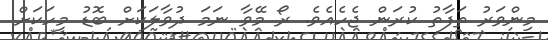
މިންވަރު ތަފާތު ކުރަން ޖެހެއެވެ. ރޯ މޭވާ ނަމަ ދުވާލަކަށް ބޮޑު މީހަކަށް